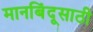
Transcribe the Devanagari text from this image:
मानबिंदूसाठी